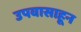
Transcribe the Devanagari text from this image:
उपवासाहून